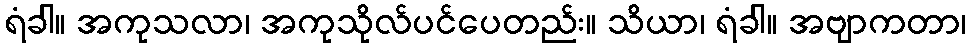
ရံခါ။ အကုသလာ၊ အကုသိုလ်ပင်ပေတည်း။ သိယာ၊ ရံခါ။ အဗျာကတာ၊